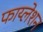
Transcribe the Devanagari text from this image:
फाय्लेशन